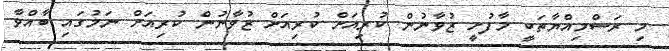
މި ރަސްމިއްޔާތަކީ މާފުށީ ޒުވާނުން ކުރިއަށް ކުރިއަށް ޒުވާނުން ކުރިއަށް ނަމުގައި ބާއްވާ